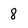
Character: 8